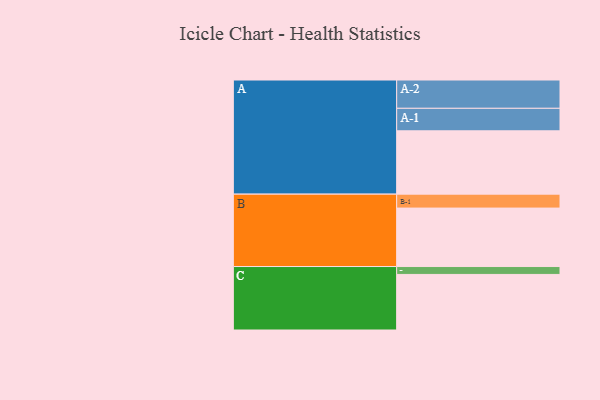
{"axis": {"x": "Segment", "y": "Value"}, "legend": ["", "A", "B", "C"], "data": [{"x": "A", "y": 546, "type": ""}, {"x": "B", "y": 504, "type": ""}, {"x": "C", "y": 479, "type": ""}, {"x": "A-1", "y": 194, "type": "A"}, {"x": "A-2", "y": 244, "type": "A"}, {"x": "B-1", "y": 120, "type": "B"}, {"x": "C-1", "y": 68, "type": "C"}]}